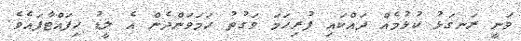
ވަނީ ރަނގަޅު ކުޅުމެއް ދައްކައި ފުރިހަމަ ވަގުތު ހަމަވަންދެން އެ ލީޑު ހިފައްޓާފައެވެ.